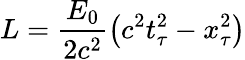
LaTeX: L=\frac{E_{0}}{2c^{2}}\left(c^{2}t_{\tau}^{2}-x_{\tau}^{2}\right)